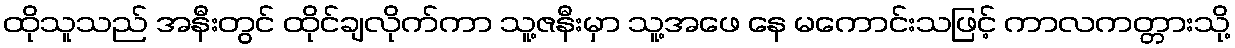
ထိုသူသည် အနီးတွင် ထိုင်ချလိုက်ကာ သူ့ဇနီးမှာ သူ့အဖေ နေ မကောင်းသဖြင့် ကာလကတ္တားသို့